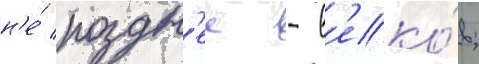
н'е́ поздн'ее - в'еко́в;